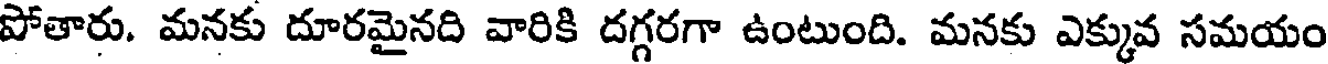
పోతారు. మనకు దూరమైనది వారికి దగ్గరగా ఉంటుంది. మనకు ఎక్కువ సమయం